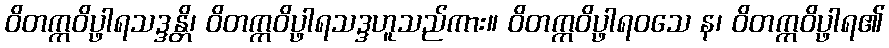
ဝိတက္ကဝိပ္ဖာရသဒ္ဒန္တိ၊ ဝိတက္ကဝိပ္ဖာရသဒ္ဒဟူသည်ကား။ ဝိတက္ကဝိပ္ဖာရဝသေ န၊ ဝိတက္ကဝိပ္ဖာရ၏